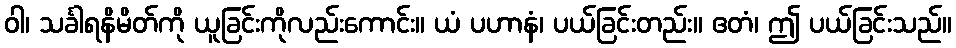
ဝါ၊ သင်္ခါရနိမိတ်ကို ယူခြင်းကိုလည်းကောင်း။ ယံ ပဟာနံ၊ ပယ်ခြင်းတည်း။ ဧတံ၊ ဤ ပယ်ခြင်းသည်။